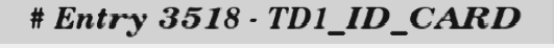
# Entry 3518 - TD1_ID_CARD